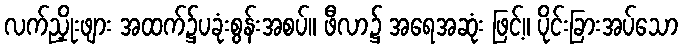
လက်ညှိုးဖျား အထက်၌ပခုံးစွန်းအစပ်။ ဖီလာ၌ အရေအဆုံး ဖြင့်။ ပိုင်းခြားအပ်သော